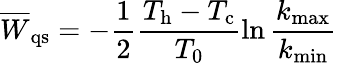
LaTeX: \overline{{W}}_{\mathrm{qs}}=-\frac{1}{2}\frac{T_{\mathrm{h}}-T_{\mathrm{c}}}{T_{0}}\ln\frac{k_{\mathrm{max}}}{k_{\mathrm{min}}}